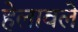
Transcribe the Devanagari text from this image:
हेलावले